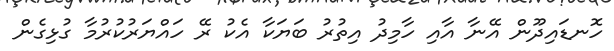
ހޮނޑައިދޫން އޭނާ އާއި ހާމިދު އިތުރު ބަޔަކާ އެކު ރޭ ހައްޔަރުކުރުމާ ގުޅިގެން